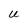
Character: U